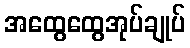
အထွေထွေအုပ်ချုပ်